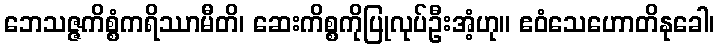
ဘေသဇ္ဇကိစ္စံကရိဿာမီတိ၊ ဆေးကိစ္စကိုပြုလုပ်ဦးအံ့ဟု။ ဧဝံသေဟောတိနုခေါ၊